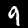
Digit: 9